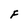
Character: F